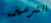
الشرعيين